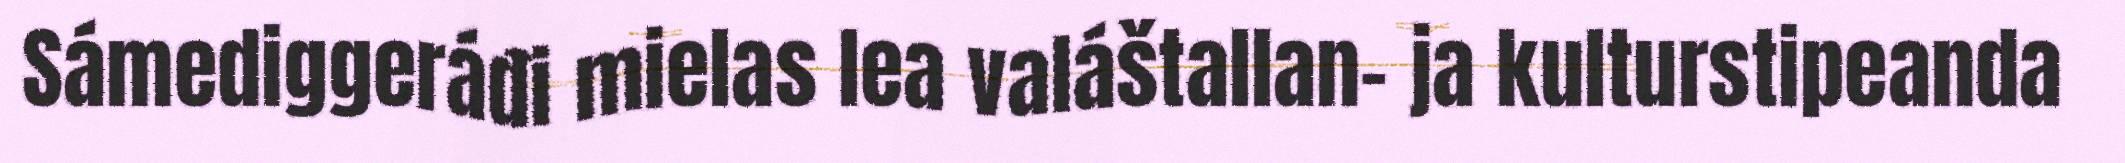
Sámediggeráđi mielas lea valáštallan- ja kulturstipeanda